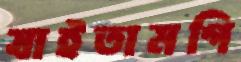
যাইতামগি